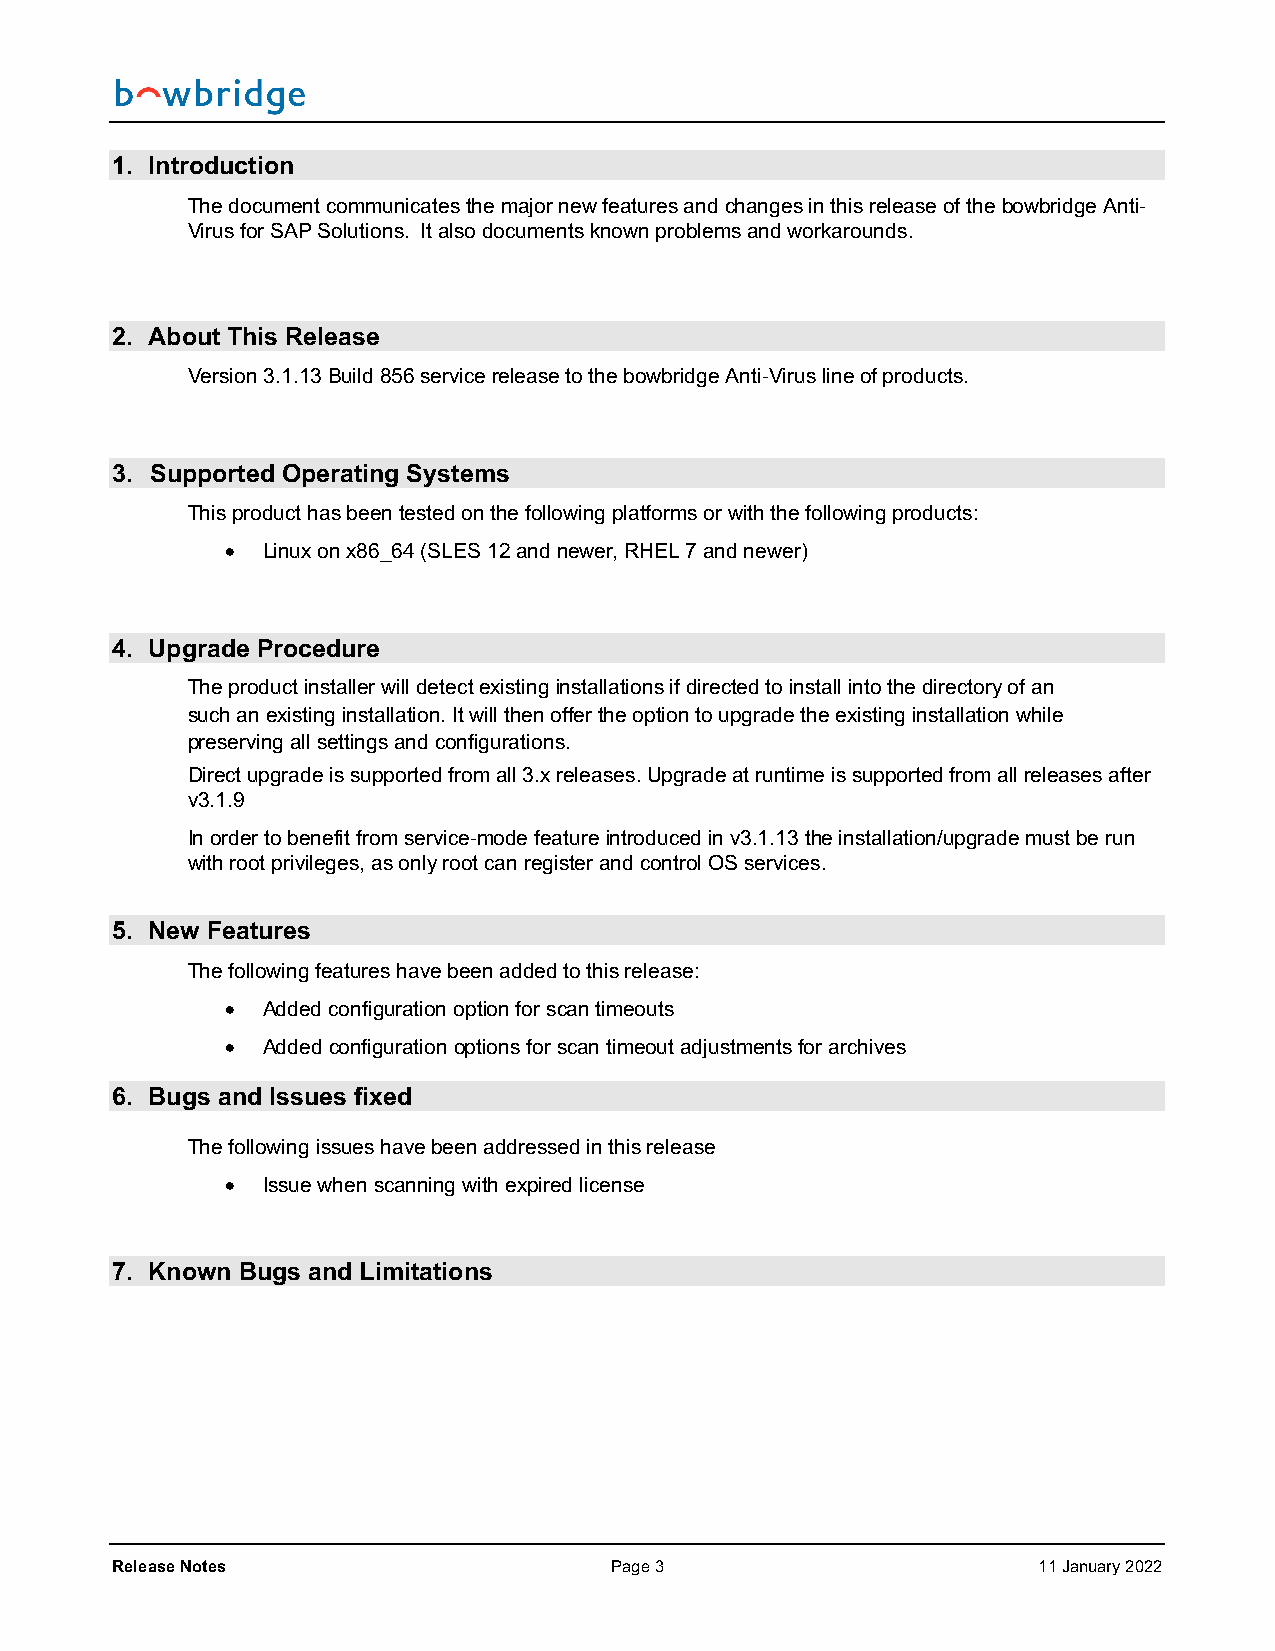
1. Introduction
 The document communicates the major new features and changes in this release of the bowbridge Anti-
 Virus for SAP Solutions. It also documents known problems and workarounds.
 2. About This Release
 Version 3.1.13 Build 856 service release to the bowbridge Anti-Virus line of products.
 3. Supported Operating Systems
 This product has been tested on the following platforms or with the following products:
 • Linux on x86_64 (SLES 12 and newer, RHEL 7 and newer)
 4. Upgrade Procedure
 The product installer will detect existing installations if directed to install into the directory of an
 such an existing installation. It will then offer the option to upgrade the existing installation while
 preserving all settings and configurations.
 Direct upgrade is supported from all 3.x releases. Upgrade at runtime is supported from all releases after
 v3.1.9
 In order to benefit from service-mode feature introduced in v3.1.13 the installation/upgrade must be run
 with root privileges, as only root can register and control OS services.
 5. New Features
 The following features have been added to this release:
 • Added configuration option for scan timeouts
 • Added configuration options for scan timeout adjustments for archives
 6. Bugs and Issues fixed
 The following issues have been addressed in this release
 • Issue when scanning with expired license
 7. Known Bugs and Limitations
 Release Notes                    Page 3                       11 January 2022